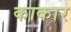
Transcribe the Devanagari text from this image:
काकार